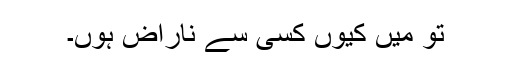
تو میں کیوں کسی سے ناراض ہوں۔